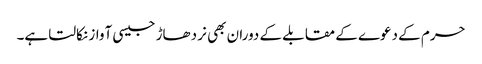
حرم کے دعوے کے مقابلے کے دوران بھی نر دھاڑ جیسی آواز نکالتا ہے۔